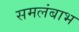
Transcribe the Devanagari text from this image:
समलंबाभ